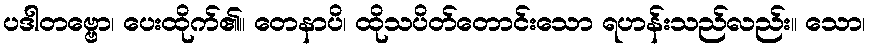
ပဒါတဗ္ဗော၊ ပေးထိုက်၏။ တေနာပိ၊ ထိုသပိတ်တောင်းသော ရဟန်းသည်လည်း။ သော၊